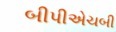
બીપીએચબી